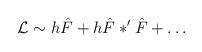
LaTeX: \begin{align*}{\mathcal L} \sim h \hat{F} + h \hat{F} \ast' \hat{F} + \dots\end{align*}